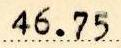
46.75